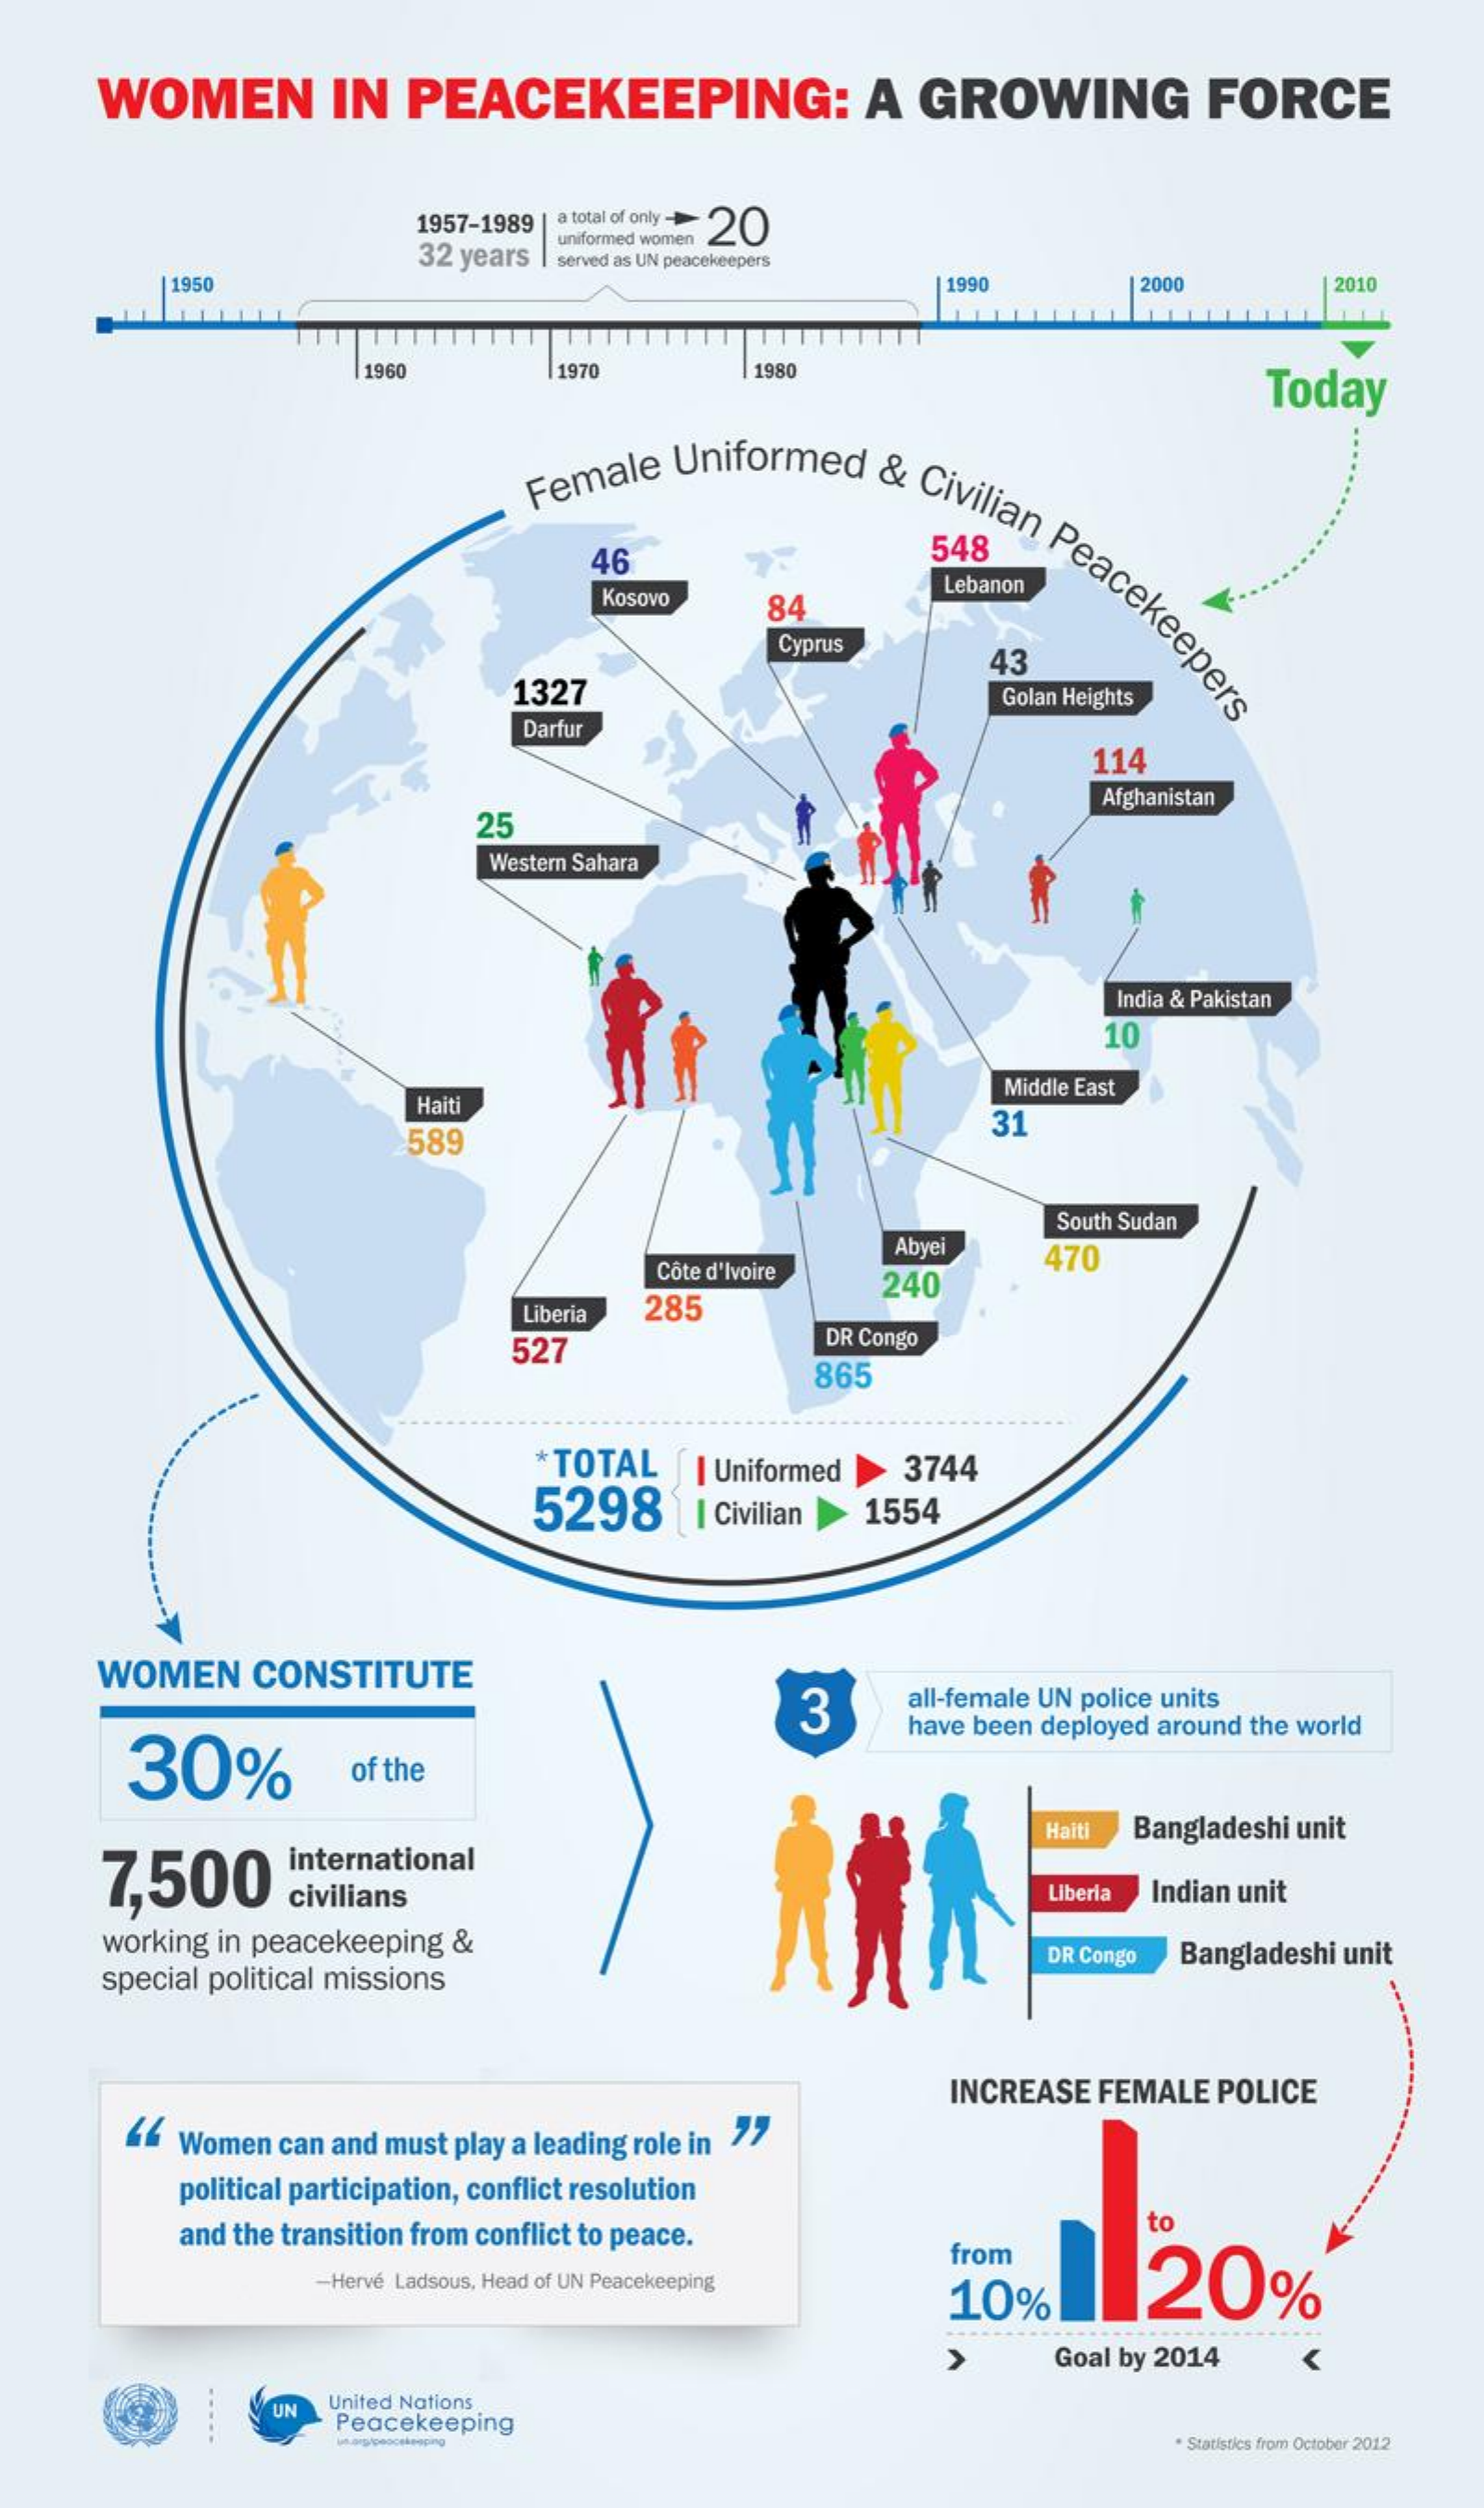
WOMEN    IN   PEACEKEEPING:    A   GROWING    FORCE
     1957-1989 | a total of only - 20
     32 years
     uniformed women
     served as UN peacekeepers
     1950    1990    2000    2010
     1960    1970    |1980
     Today
     Female    Uniformed    &
     Civilian
     Peacekeepers
     an
     Peacekeepers
     46    548
     Kosovo    84
     Lebanon
     Cyprus
     43
     1327    Golan Heights
     Darfur
     114
     25
     Afghanistan
     Western Sahara
     India & Pakistan
     10
     Haiti
     Middle East
     589
     31
     Abyei
     South Sudan
     Côte d'Ivoire    240
     470
     Liberia  285
     527
     DR Congo
     865
     *TOTAL    | Uniformed
     5298
     3744
     Civilian    1554
     WOMEN    CONSTITUTE
     3    all-female UN police units
     30%
     have been deployed around the world
     of the
     Haiti
     7,500
     international
     Bangladeshi  unit
     civilians    Liberia  Indian unit
     working in peacekeeping    &
     special political missions
     DR Congo  Bangladeshi  unit
     INCREASE   FEMALE    POLICE
     Women   can and must  play a leading role in 77
     political participation, conflict resolution
     and the transition from conflict to peace.
     from
     1120%
     -Hervé Ladsous, Head of UN Peacekeeping
     10%
     Goal by 2014
     UN  United Nations
     Peacekeeping
     · Statistics from October 2012